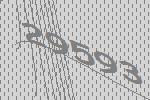
29593